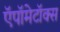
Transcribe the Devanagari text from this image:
ऍपॉमेटॉक्स